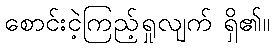
စောင်းငဲ့ကြည့်ရှုလျက် ရှိ၏။